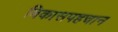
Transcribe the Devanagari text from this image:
विकासपहचान